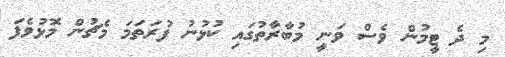
މި ދެ ޓީމުން ވެސް ވަނީ މުބާރާތުގައި ކުޅުނު ފުރަތަމަ މެޗުން މޮޅުވެފަ